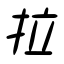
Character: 拉